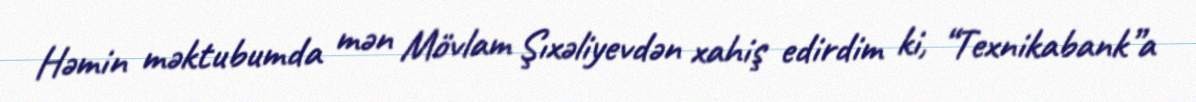
Həmin məktubumda mən Mövlam Şıxəliyevdən xahiş edirdim ki, “Texnikabank”a